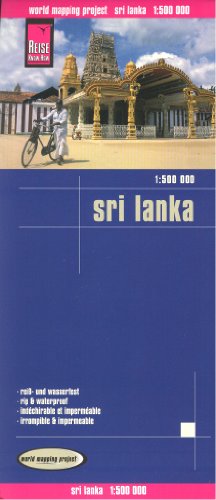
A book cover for Sri Lanka Map; *             ; Travel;